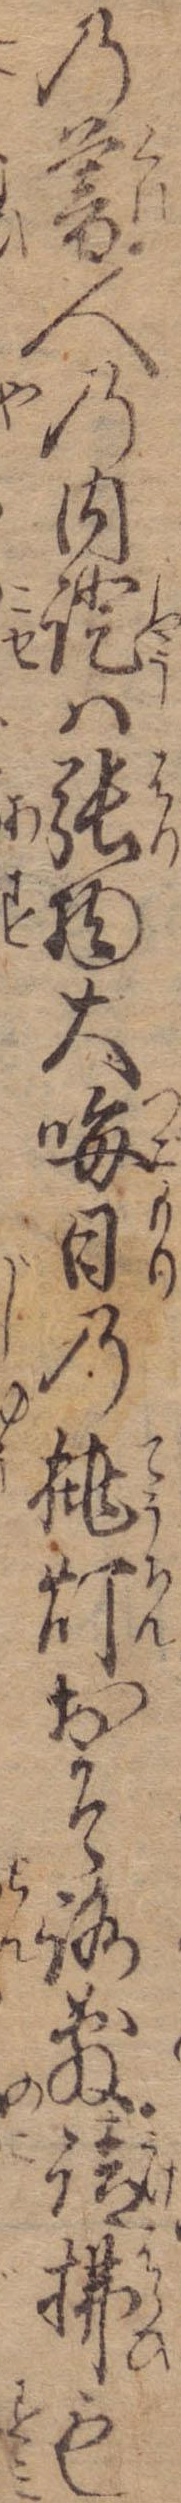
の暮人の内証は張物大晦日の挑灯おそろ敷請払も